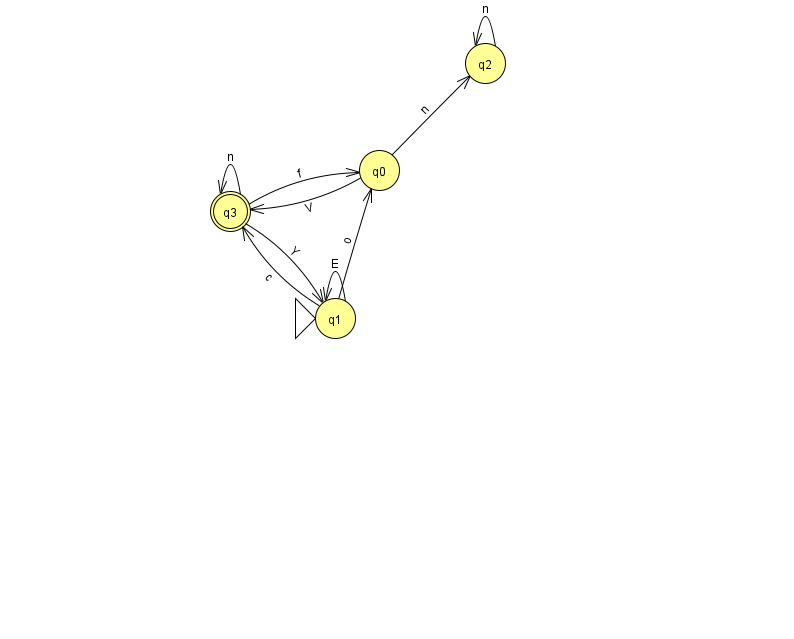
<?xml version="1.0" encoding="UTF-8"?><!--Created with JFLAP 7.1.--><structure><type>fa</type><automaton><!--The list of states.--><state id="0" name="q0"><x>379.0</x><y>157.0</y></state><state id="1" name="q1"><x>335.0</x><y>305.0</y><initial/></state><state id="2" name="q2"><x>485.0</x><y>50.0</y></state><state id="3" name="q3"><x>230.0</x><y>198.0</y><final/></state><!--The list of transitions.--><transition><from>0</from><to>3</to><read>V</read></transition><transition><from>3</from><to>0</to><read>f</read></transition><transition><from>1</from><to>1</to><read>E</read></transition><transition><from>0</from><to>2</to><read>n</read></transition><transition><from>1</from><to>3</to><read>c</read></transition><transition><from>3</from><to>1</to><read>Y</read></transition><transition><from>1</from><to>0</to><read>o</read></transition><transition><from>2</from><to>2</to><read>n</read></transition><transition><from>3</from><to>3</to><read>n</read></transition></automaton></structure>